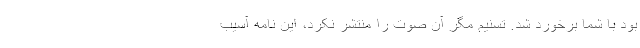
بود با شما برخورد شد. تسنیم مگر آن صوت را منتشر نکرد، این نامه آسیب